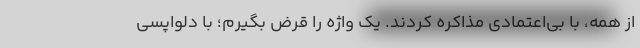
از همه، با بی‌اعتمادی مذاکره کردند. یک واژه را قرض بگیرم؛ با دلواپسی